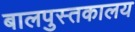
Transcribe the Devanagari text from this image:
बालपुस्तकालय